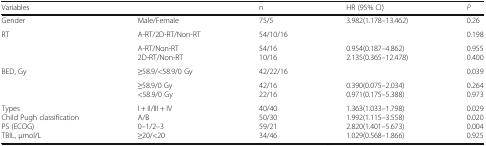
| Variables |  | n | HR (95% CI) | P |
 | --- | --- | --- | --- | --- |
 | Gender | Male/Female | 75/5 | <ROWSPAN=2> 3.982(1.178–13.462) | 0.26 |
 | <ROWSPAN=2> RT | A-RT/2D-RT/Non-RT | 54/10/16 | 0.198 |
 | A-RT/Non-RT2D-RT/Non-RT | 54/1610/16 | 0.954(0.187–4.862)2.135(0.365–12.478) | 0.9550.400 |
 | <ROWSPAN=2> BED, Gy | ≥58.9/<58.9/0 Gy | 42/22/16 |  | 0.039 |
 | ≥58.9/0 Gy<58.9/0 Gy | 42/1622/16 | 0.390(0.075–2.034)0.971(0.175–5.388) | 0.2640.973 |
 | TypesChild Pugh classificationPS (ECOG)TBIL, μmol/L | I + II/III + IVA/B0–1/2–3≥20/<20 | 40/4050/3059/2134/46 | 1.363(1.033–1.798)1.992(1.115–3.558)2.820(1.401–5.673)1.029(0.568–1.866) | 0.0290.0200.0040.925 |